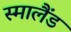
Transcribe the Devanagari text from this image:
स्मालैंड